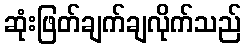
ဆုံးဖြတ်ချက်ချလိုက်သည်